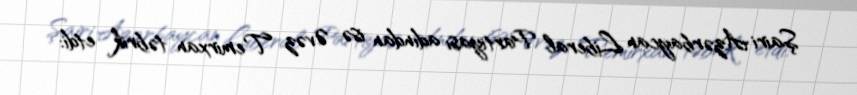
Şairi Azərbaycan Liberal Partiyası adından isə Əvəz Temirxan təbrik etdi: